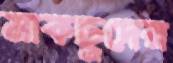
মাকছুদের